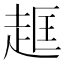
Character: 𧻔